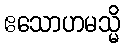
ဧသောဟမသ္မိ